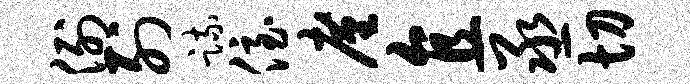
例列疏侄廑直丞切